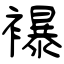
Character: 襮